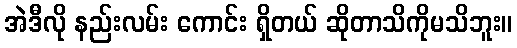
အဲဒီလို နည်းလမ်း ကောင်း ရှိတယ် ဆိုတာသိကိုမသိဘူး။